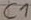
Text: C1